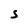
Character: s